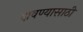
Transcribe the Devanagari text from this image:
दावण्यासाठी